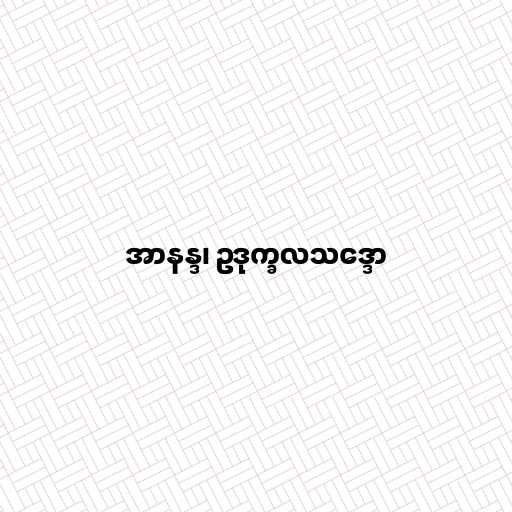
အာနန္ဒ၊ ဥဒုက္ခလသဒ္ဒော